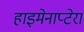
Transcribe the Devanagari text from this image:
हाइमेनाप्टेरा